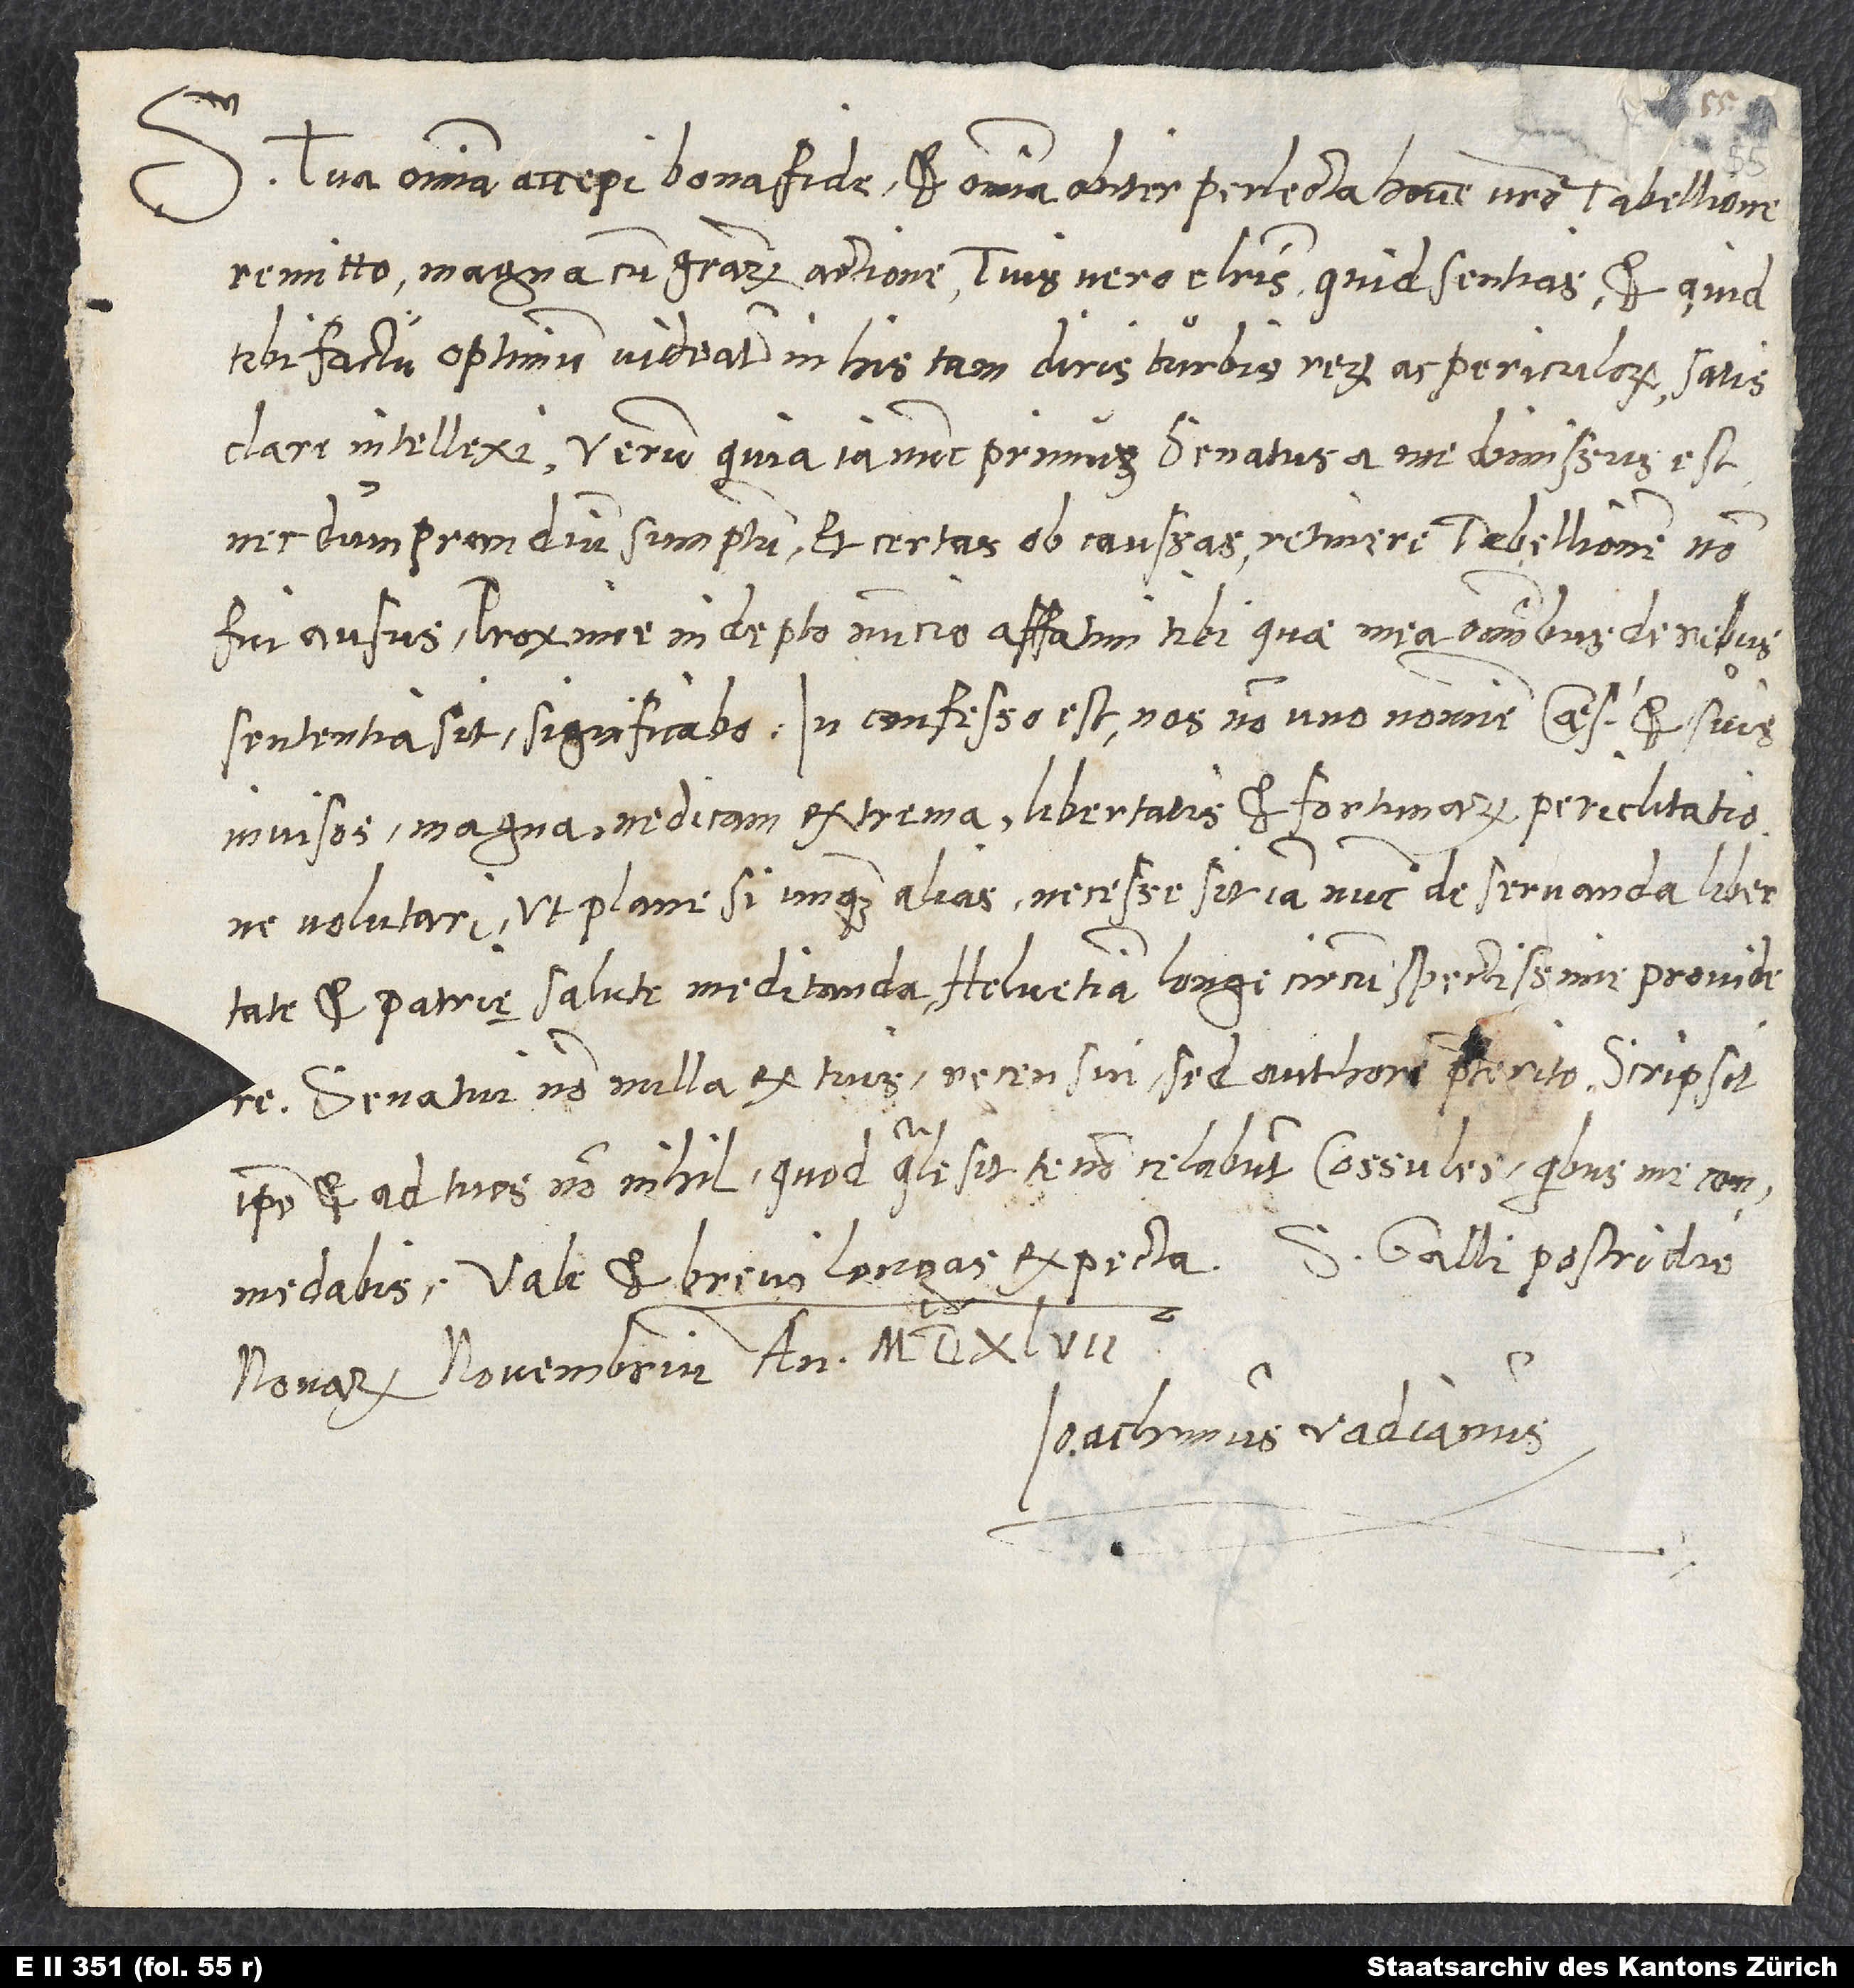
S. Tua omnnia accepi bona fide et omnia obiter perlecta hocce nostro tabellione
remitto magna cum gratiarum actione. Tuis vero e literis, quid sentias et quid
tibi factu optimum videatur in his tam diris turbis rerum ac periculorum, satis
necdum prandium sumptum et certas ob caussas retinere tabellionem non
fui ausus. Proxime indepto nuntio affatim tibi, quae mea omnibus de rebus
invisos, magna, ne dicam extrema libertatis et fortunarum periclitatione
volutari, ut plane, si unquam alias, necesse sit iam nunc de servanda libertate
et patrię salute meditanda Helvetiam longe circumspectissime providere.
Senatui nonnulla ex tuis recensui, sed authore praeterito. Scripsit
ipse et ad tuos nonnihil, quod, quale sit, te non celabunt consules, quibus me commendabis.
Vale et brevi longas expecta. S. Galli, postridie
nonarum novembrium anno 1547.
Ioachimus Vadianus.